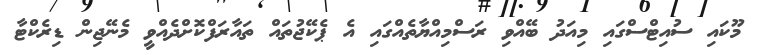
މޫކައި ސުއިޓްސްގައި މިއަދު ބޭއްވި ރަސްމިއްޔާތެއްގައި އެ ޕެކޭޖުތައް ތައާރަފްކޮށްދެއްވީ މެނޭޖިން ޑިރެކްޓާ